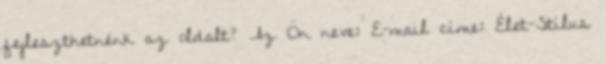
fejleszthetnénk az oldalt? Az Ön neve: E-mail címe: Élet-Stílus